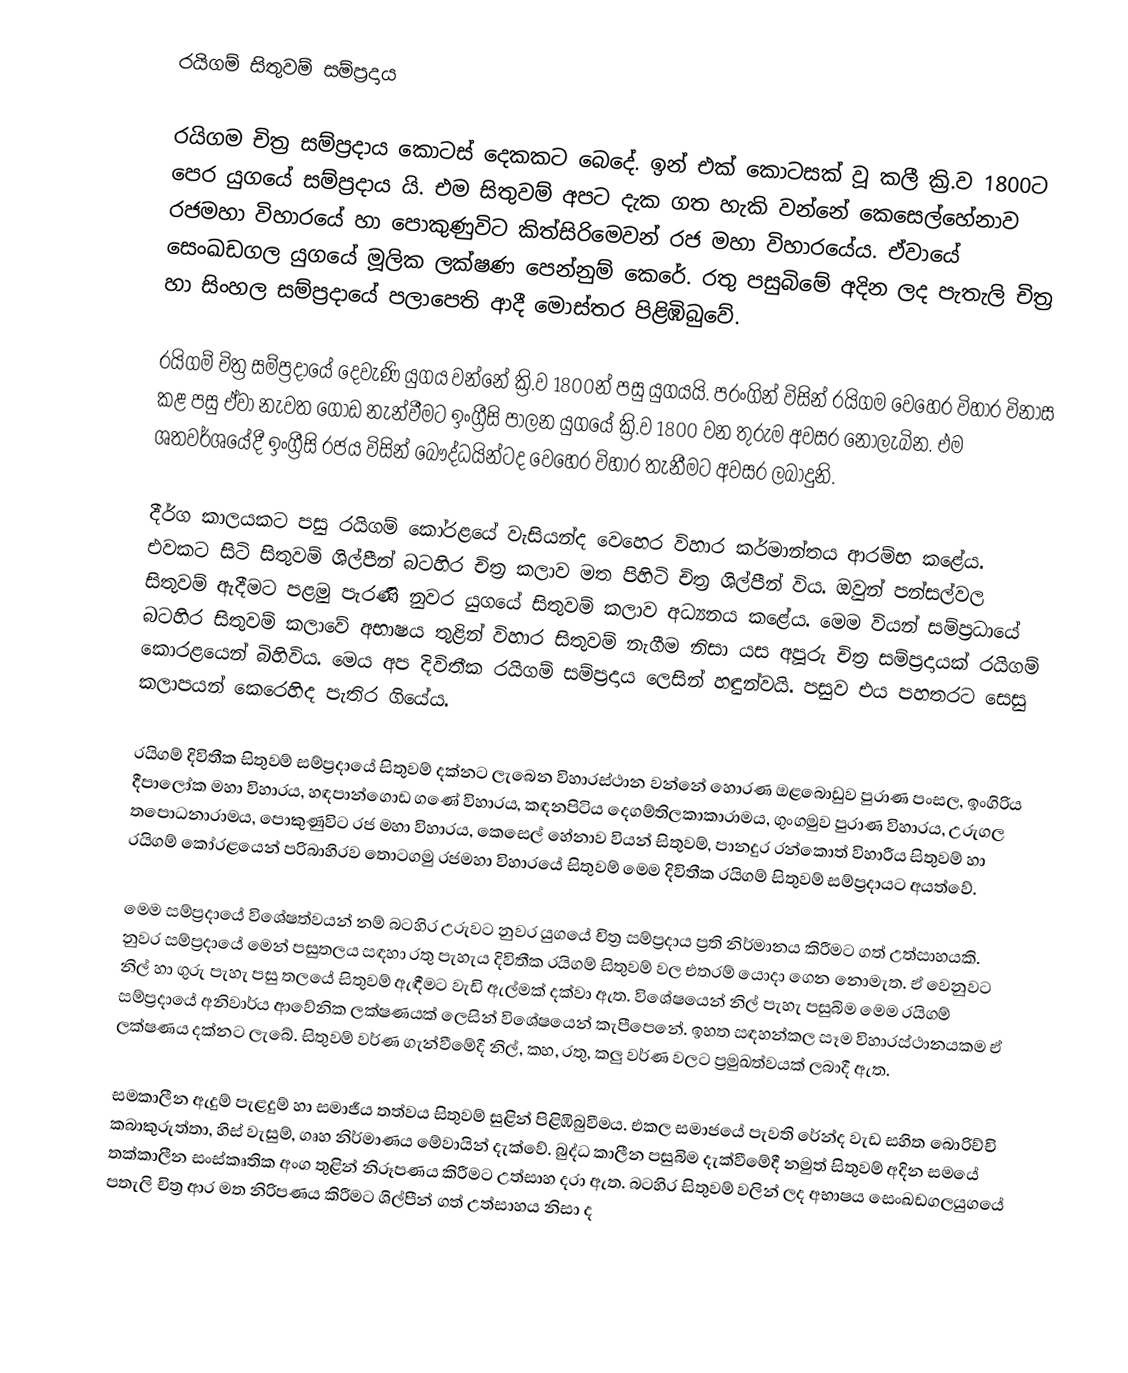
රයිගම් සිතුවම් සම්ප්‍රදාය

රයිගම චිත්‍ර සම්ප්‍රදාය කොටස් දෙකකට බෙදේ. ඉන් එක් කොටසක් වූ කලී ක්‍රි.ව 1800ට පෙර යුගයේ සම්ප්‍රදාය යි. එම සිතුවම් අපට දැක ගත හැකි වන්නේ කෙසෙල්හේනාව රජමහා විහාරයේ හා පොකුණුවිට කිත්සිරිමෙවන් රජ මහා විහාරයේය. ඒවායේ සෙංඛඩගල යුගයේ මූලික ලක්ෂණ පෙන්නුම් කෙරේ. රතු පසුබිමේ අදින ලද පැතැලි චිත්‍ර හා සිංහල සම්ප්‍රදායේ පලාපෙති ආදී මොස්තර පිළිඹිබුවේ.

රයිගම් චිත්‍ර සම්ප්‍රදායේ දෙවැණි යුගය වන්නේ ක්‍රි.ව 1800න් පසු යුගයයි. පරංගින් විසින් රයිගම වෙහෙර විහාර විනාස කළ පසු ඒවා නැවත ගොඩ නැන්වීමට ඉංග්‍රීසි පාලන යුගයේ ක්‍රි.ව 1800 වන තුරුම අවසර නොලැබින. එම ශතවර්ශයේදී  ඉංග්‍රීසි රජය විසින් බෞද්ධයින්ටද වෙහෙර විහාර තැනීමට අවසර ලබාදුනි.

දීර්ග කාලයකට පසු රයිගම් කෝරළයේ වැසියන්ද වෙහෙර විහාර කර්මාන්තය ආරම්භ කළේය. එවකට සිටි සිතුවම් ශිල්පීන් බටහිර චිත්‍ර කලාව මත පිහිටි චිත්‍ර ශිල්පීන් විය. ඔවුන් පන්සල්වල සිතුවම් ඇදීමට පළමු පැරණි නුවර යුගයේ සිතුවම් කලාව අධ්‍යනය කළේය. මෙම වියන් සම්ප්‍රධායේ බටහිර සිතුවම් කලාවේ අභාෂය තුළින් විහාර සිතුවම් නැගීම නිසා යස අපූරු චිත්‍ර සම්ප්‍රදායක් රයිගම් කොරළයෙන් බිහිවිය. මෙය අප දිවිතීක රයිගම් සම්ප්‍රදාය ලෙසින් හඳුන්වයි. පසුව එය පහතරට සෙසු කලාපයන් කෙරෙහිද පැතිර ගියේය.

රයිගම් දිවිතීක සිතුවම් සම්ප්‍රදායේ සිතුවම් දක්නට ලැබෙන විහාරස්ථාන වන්නේ හොරණ ඔළබොඩුව පුරාණ පංසල, ඉංගිරිය දීපාලෝක මහා විහාරය, හඳපාන්ගොඩ ගණේ විහාරය, කඳනපිටිය දෙගම්තිලකාකාරාමය, ගුංගමුව පුරාණ විහාරය, උරුගල තපොධනාරාමය, පොකුණුවිට රජ මහා විහාරය, කෙසෙල් හේනාව වියන් සිතුවම්, පානදුර රන්කොත් විහාරීය සිතුවම් හා රයිගම් කෝරළයෙන් පරිබාහිරව තොටගමු රජමහා විහාරයේ සිතුවම් මෙම දිවිතීක රයිගම් සිතුවම් සම්ප්‍රදායට අයත්වේ.

මෙම සම්ප්‍රදායේ විශේෂත්වයන් නම් බටහිර උරුවට නුවර යුගයේ චිත්‍ර සම්ප්‍රදාය  ප්‍රති නිර්මානය කිරීමට ගත් උත්සාහයකි. නුවර සම්ප්‍රදායේ  මෙන් පසුතලය සඳහා රතු පැහැය දිවිතීක රයිගම් සිතුවම් වල එතරම් යොදා ගෙන නොමැත. ඒ වෙනුවට නිල් හා ගුරු පැහැ පසු තලයේ සිතුවම් ඇඳීමට වැඩි ඇල්මක් දක්වා ඇත. විශේෂයෙන් නිල් පැහැ පසුබිම මෙම රයිගම් සම්ප්‍රදායේ අනිවාර්ය ආවේනික ලක්ෂණයක් ලෙසින් විශේෂයෙන් කැපීපෙනේ. ඉහත සඳහන්කල සෑම විහාරස්ථානයකම ඒ ලක්ෂණය දක්නට ලැබේ. සිතුවම් වර්ණ ගැන්වීමේදී නිල්, කහ, රතු, කලු වර්ණ වලට ප්‍රමුඛත්වයක් ලබාදී ඇත.

සමකාලීන ඇදුම් පැළදුම් හා සමාජීය තත්වය සිතුවම් සුළින් පිළිඹිබුවීමය. එකල සමාජයේ පැවති රේන්ද වැඩ සහිත බොරිච්චි කබාකුරුත්තා,  හිස් වැසුම්, ගෘහ නිර්මාණය මේවායින් දැක්වේ. බුද්ධ කාලීන පසුබිම දැක්වීමේදී නමුත් සිතුවම් අදින සමයේ තක්කාලීන සංස්කෘතික අංග  තුළින් නිරූපණය කිරීමට උත්සාහ දරා ඇත. බටහිර සිතුවම් වලින් ලද අභාෂය සෙංඛඩගලයුගයේ පතැලි චිත්‍ර ආර මත නිරිපණය කිරීමට ශිල්පීන් ගත් උත්සාහය නිසා ද